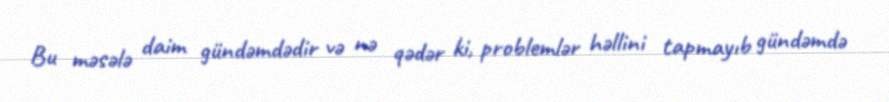
Bu məsələ daim gündəmdədir və nə qədər ki, problemlər həllini tapmayıb gündəmdə